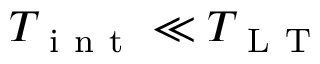
T _ { \mathrm { ~ i ~ n ~ t ~ } } \ll T _ { \mathrm { ~ L ~ T ~ } }